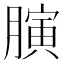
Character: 𦟘